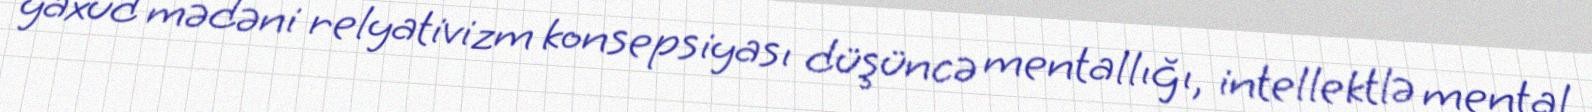
yaxud mədəni relyativizm konsepsiyası düşüncə mentallığı, intellektlə mental